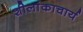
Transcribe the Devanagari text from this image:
शीलांकाचार्य